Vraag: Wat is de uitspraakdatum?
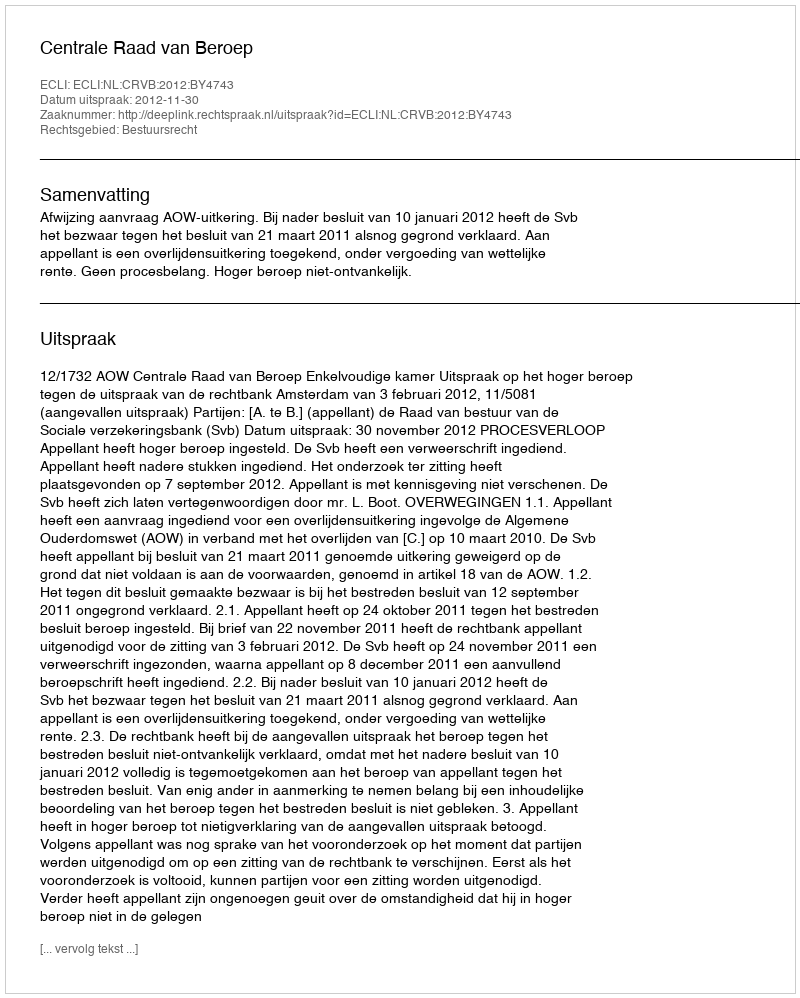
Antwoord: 2012-11-30